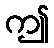
ဤ